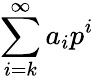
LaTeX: \sum_{i=k}^{\infty}a_{i}p^{i}